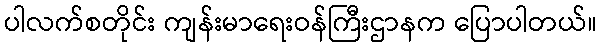
ပါလက်စတိုင်း ကျန်းမာရေးဝန်ကြီးဌာနက ပြောပါတယ်။